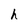
Character: h